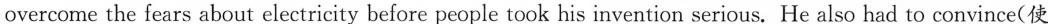
overcome the fears about electricity before people took his invention serious. He also had to convince(使